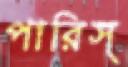
পারিস্